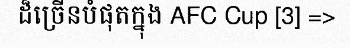
ដ៏ច្រើនបំផុតក្នុង AFC Cup [3] =>